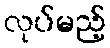
လုပ်မည့်